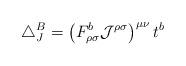
LaTeX: \begin{align*}\triangle_J^B=\left(F_{\rho \sigma}^b {\cal{J}}^{\rho \sigma} \right)^{\mu \nu}t^b\end{align*}